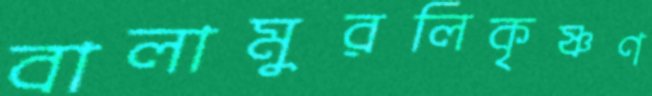
বালামুরলিকৃষ্ণণ